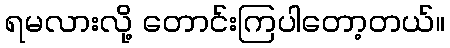
ရမလားလို့ တောင်းကြပါတော့တယ်။